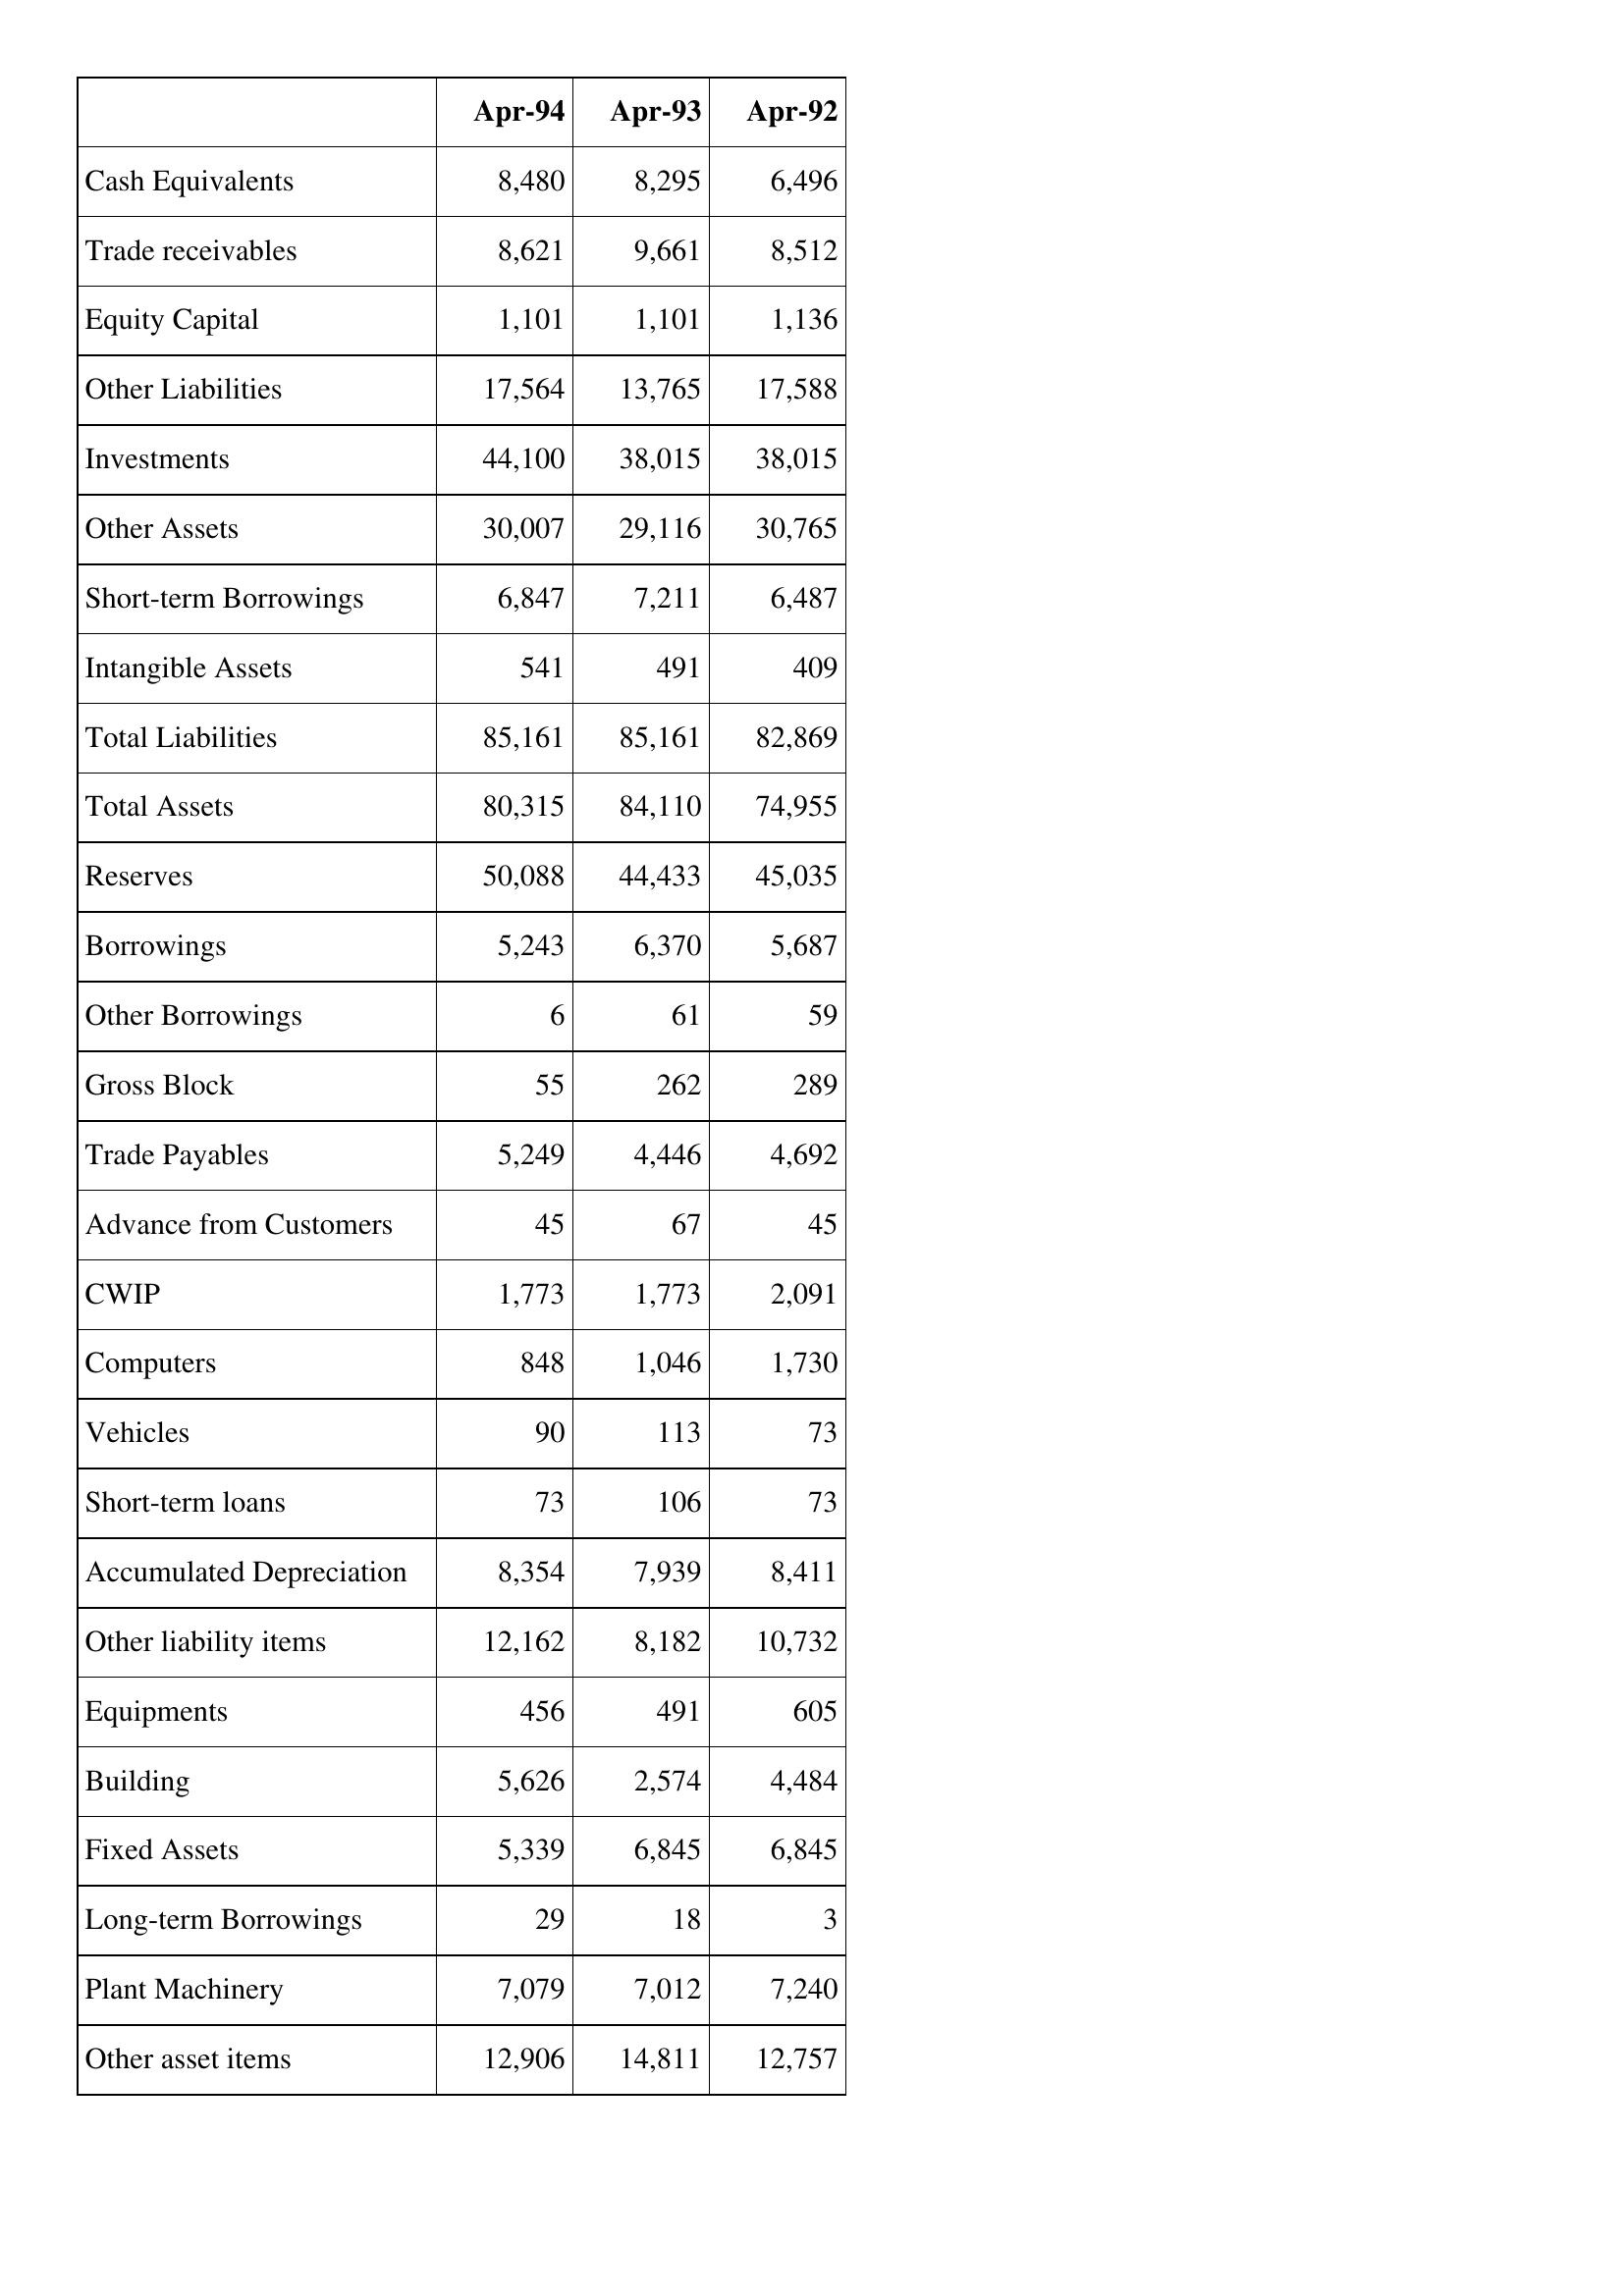
Apr-94: Balance Sheet: Cash Equivalents: 8,480
Trade receivables: 8,621
Equity Capital: 1,101
Other Liabilities: 17,564
Investments: 44,100
Other Assets: 30,007
Short-term Borrowings: 6,847
Intangible Assets: 541
Total Liabilities: 85,161
Total Assets: 80,315
Reserves: 50,088
Borrowings: 5,243
Other Borrowings: 6
Gross Block: 55
Trade Payables: 5,249
Advance from Customers: 45
CWIP: 1,773
Computers: 848
Vehicles: 90
Short-term loans: 73
Accumulated Depreciation: 8,354
Other liability items: 12,162
Equipments: 456
Building: 5,626
Fixed Assets: 5,339
Long-term Borrowings: 29
Plant Machinery: 7,079
Other asset items: 12,906
Apr-93: Balance Sheet: Cash Equivalents: 8,295
Trade receivables: 9,661
Equity Capital: 1,101
Other Liabilities: 13,765
Investments: 38,015
Other Assets: 29,116
Short-term Borrowings: 7,211
Intangible Assets: 491
Total Liabilities: 85,161
Total Assets: 84,110
Reserves: 44,433
Borrowings: 6,370
Other Borrowings: 61
Gross Block: 262
Trade Payables: 4,446
Advance from Customers: 67
CWIP: 1,773
Computers: 1,046
Vehicles: 113
Short-term loans: 106
Accumulated Depreciation: 7,939
Other liability items: 8,182
Equipments: 491
Building: 2,574
Fixed Assets: 6,845
Long-term Borrowings: 18
Plant Machinery: 7,012
Other asset items: 14,811
Apr-92: Balance Sheet: Cash Equivalents: 6,496
Trade receivables: 8,512
Equity Capital: 1,136
Other Liabilities: 17,588
Investments: 38,015
Other Assets: 30,765
Short-term Borrowings: 6,487
Intangible Assets: 409
Total Liabilities: 82,869
Total Assets: 74,955
Reserves: 45,035
Borrowings: 5,687
Other Borrowings: 59
Gross Block: 289
Trade Payables: 4,692
Advance from Customers: 45
CWIP: 2,091
Computers: 1,730
Vehicles: 73
Short-term loans: 73
Accumulated Depreciation: 8,411
Other liability items: 10,732
Equipments: 605
Building: 4,484
Fixed Assets: 6,845
Long-term Borrowings: 3
Plant Machinery: 7,240
Other asset items: 12,757